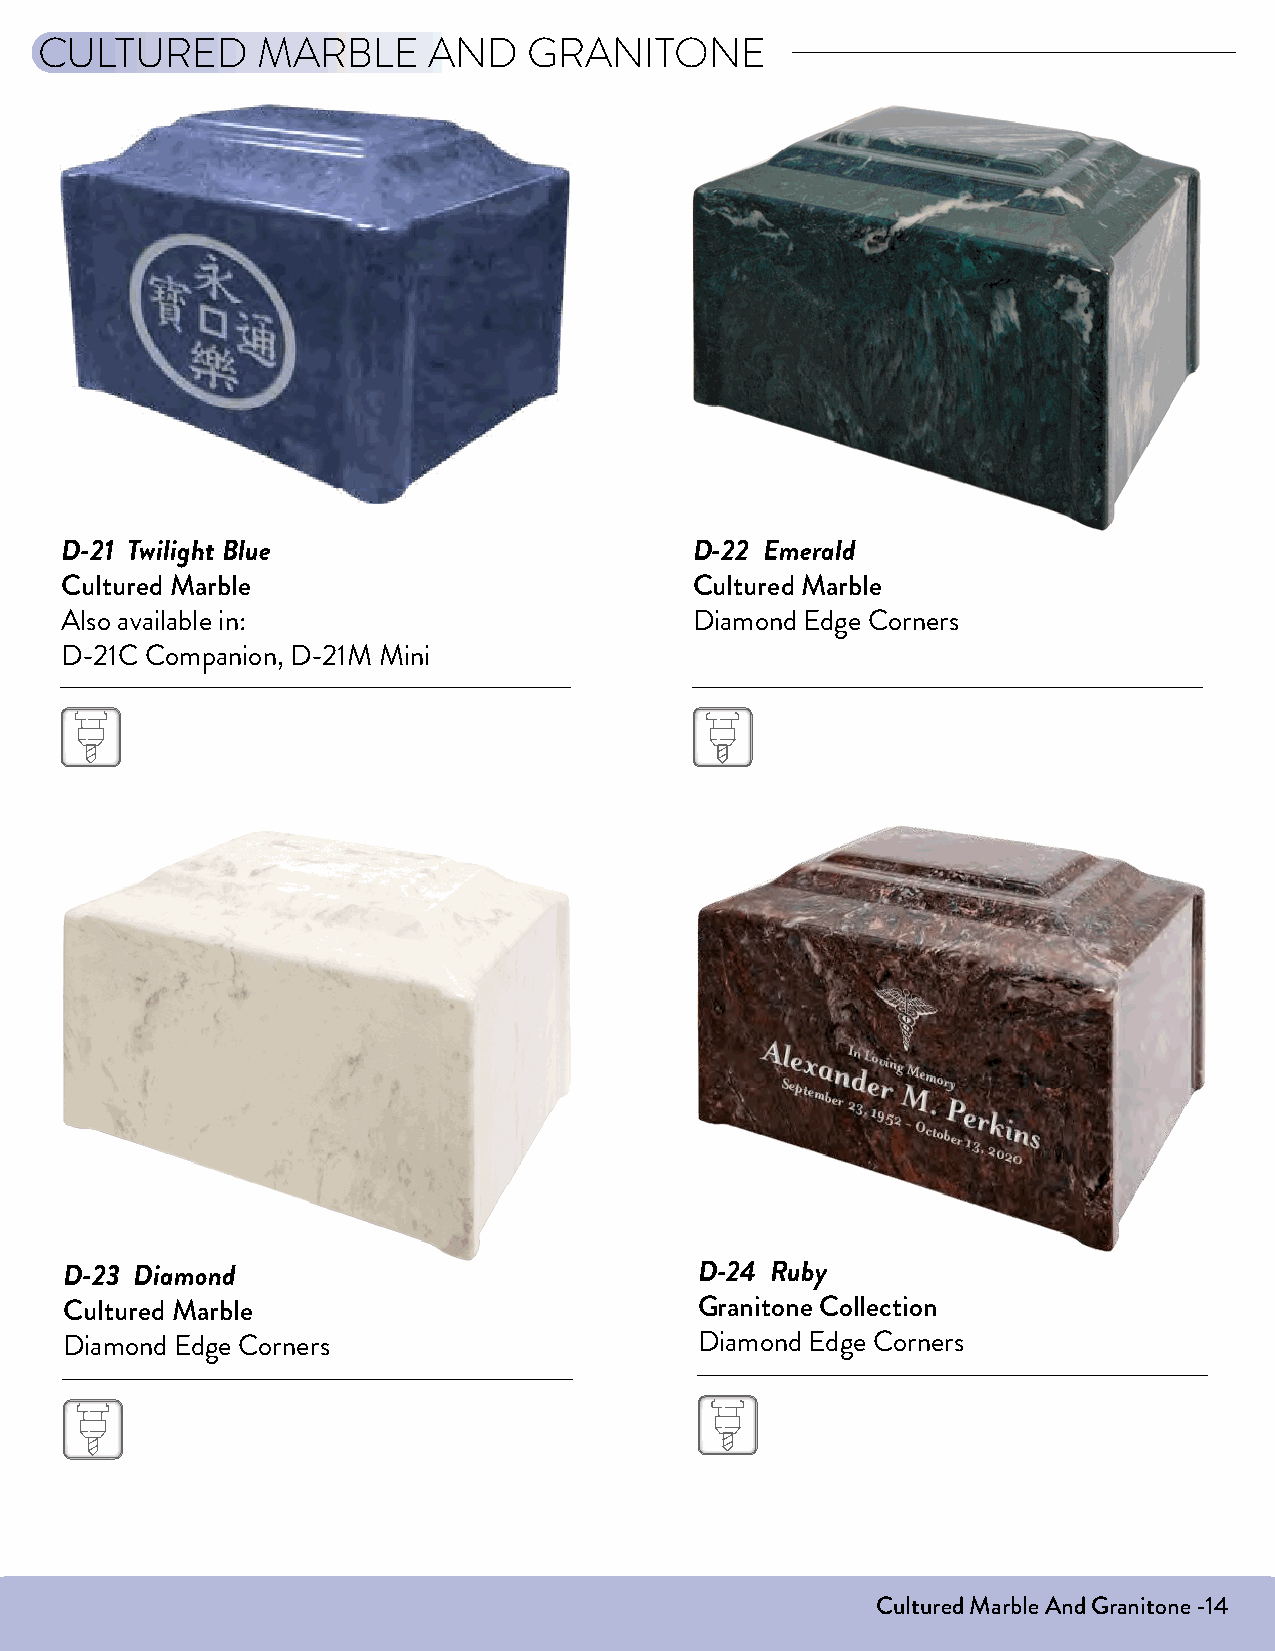
CULTURED       MARBLE     AND    GRANITONE
 D-21 Twilight Blue                        D-22 Emerald
 Cultured Marble                           Cultured Marble
 Also available in:                        Diamond Edge Corners
 D-21C Companion, D-21M Mini
 D-23 Diamond                              D-24 Ruby
 Cultured Marble                           Granitone Collection
 Diamond Edge Corners                      Diamond Edge Corners
 Cultured Marble And Granitone -14